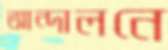
আন্দালনে